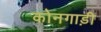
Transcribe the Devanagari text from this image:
कोनगाड़ी